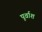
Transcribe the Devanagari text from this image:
पूर्वाश